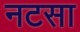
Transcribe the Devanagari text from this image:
नटसा